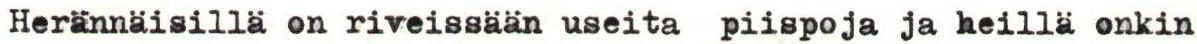
Herännäisillä on riveissään useita piispoja ja heillä onkin